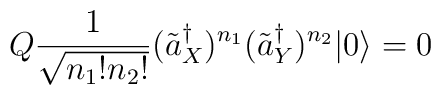
Q\frac{1}{\sqrt{n_{1}!n_{2}!}}(\tilde{a}_{X}^{\dagger})^{n_{1}}(\tilde{a}_{Y}^{\dagger})^{n_{2}}|0\rangle = 0